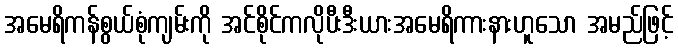
အမေရိကန်စွယ်စုံကျမ်းကို အင်စိုင်ကလိုပီးဒီးယားအမေရိကားနားဟူသော အမည်ဖြင့်